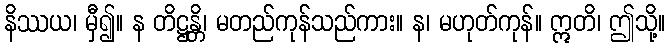
နိဿယ၊ မှီ၍။ န တိဋ္ဌန္တိ၊ မတည်ကုန်သည်ကား။ န၊ မဟုတ်ကုန်။ ဣတိ၊ ဤသို့။